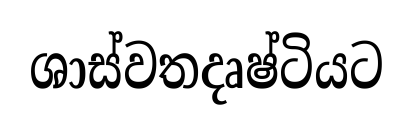
ශාස්වතදෘෂ්ටියට